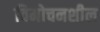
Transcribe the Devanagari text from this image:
विमोचनशील